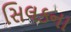
સિલકના